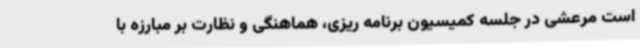
است مرعشی در جلسه کمیسیون برنامه ریزی، هماهنگی و نظارت بر مبارزه با